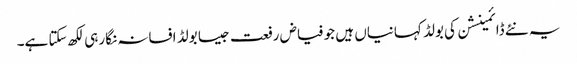
یہ نئے ڈائمینشن کی بولڈ کہانیاں ہیں جو فیاض رفعت جیسا بولڈ افسانہ نگار ہی لکھ سکتا ہے۔